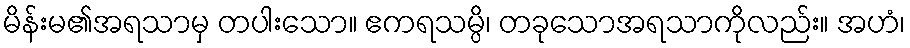
မိန်းမ၏အရသာမှ တပါးသော။ ဧကရသမ္ပိ၊ တခုသောအရသာကိုလည်း။ အဟံ၊